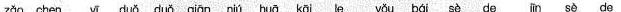
zǎo chen yi duöduö qiōn nin huā kāi le you bái sè de jin sè de